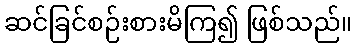
ဆင်ခြင်စဉ်းစားမိကြ၍ ဖြစ်သည်။